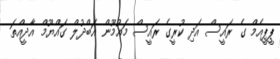
ޕީޕީއެމް ގެ ރައީސް އަދި ކުރީގެ ރައީސް މައުމޫން އަބްދުލް ގައްޔޫމް އާދީއްތަ